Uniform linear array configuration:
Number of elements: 64
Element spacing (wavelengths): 0.25
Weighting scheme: binomial
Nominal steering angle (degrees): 15
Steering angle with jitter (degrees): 13.755
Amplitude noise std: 0.05
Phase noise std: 0.05

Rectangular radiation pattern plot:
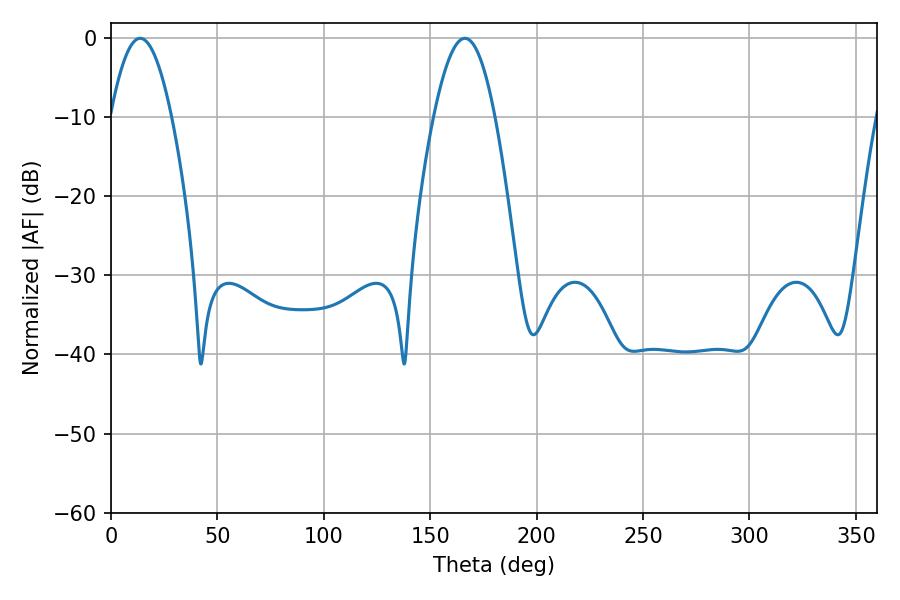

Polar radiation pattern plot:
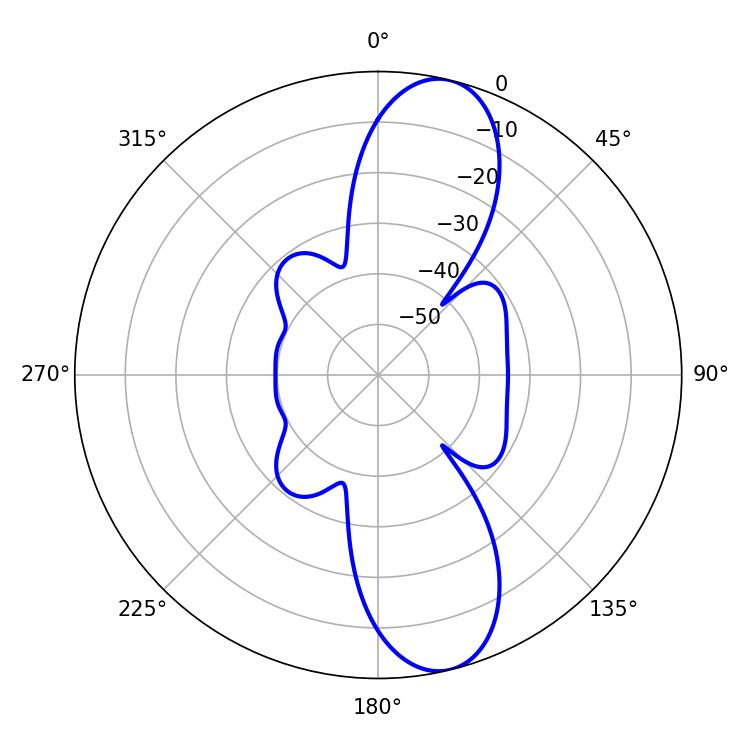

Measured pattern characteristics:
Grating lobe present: FALSE
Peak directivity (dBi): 11.524
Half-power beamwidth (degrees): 15.66
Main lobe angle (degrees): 13.68